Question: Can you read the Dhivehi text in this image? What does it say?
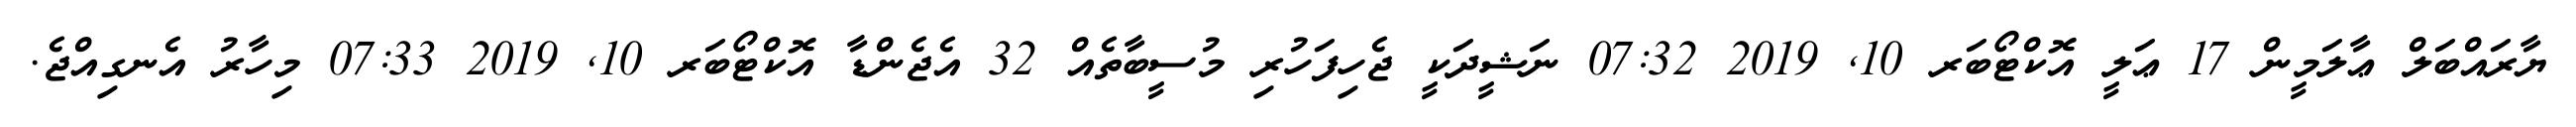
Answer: ޔާރައްބަލް ޢާލަމީން 17 ޢަލީ އޮކްޓޯބަރ 10, 2019 07:32 ނަޝީދަކީ ޖެހިފަހުރި މުސީބާތެއް 32 އެޖެންޑާ އޮކްޓޯބަރ 10, 2019 07:33 މިހާރު އެނގިއްޖެ.